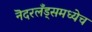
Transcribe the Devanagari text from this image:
नॆदरलँड्समध्येच